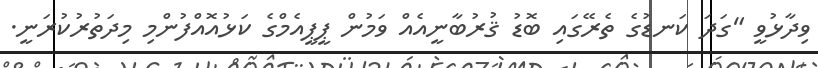
ވިދާޅުވީ "ގަދަ ކަނޑުގެ ތެރޭގައި ބޮޑު ޤުރުބާނީއެއް ވަމުން ޕީޕީއެމްގެ ކަޅުއޮއްފުންމި މިދަތުރުކުރަނީ.